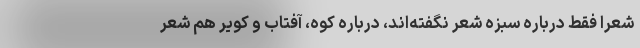
شعرا فقط درباره سبزه شعر نگفته‌اند، درباره کوه، آفتاب و کویر هم شعر